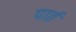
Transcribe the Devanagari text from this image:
पार्त